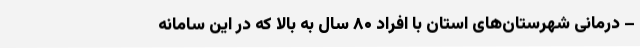
– درمانی شهرستان‌های استان با افراد ۸۰ سال به بالا که در این سامانه